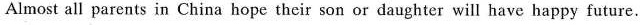
Almost all parents in China hope their son or daughter will have happy future.